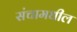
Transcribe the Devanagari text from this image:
संचामधील